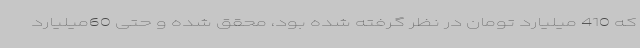
که 410 میلیارد تومان در نظر گرفته شده بود، محقق شده و حتی 60میلیارد